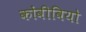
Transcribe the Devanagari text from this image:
कोंवीवियो